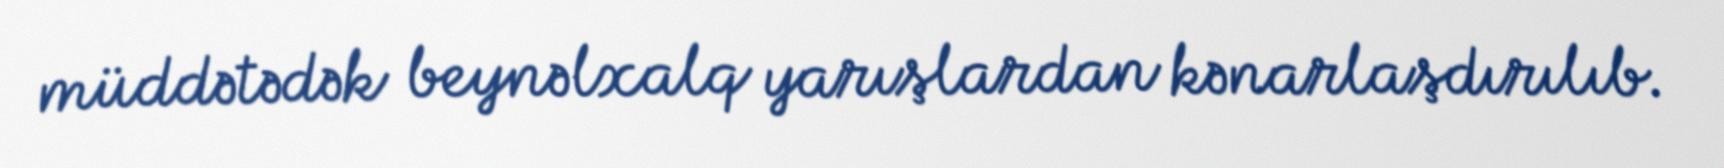
müddətədək beynəlxalq yarışlardan kənarlaşdırılıb.